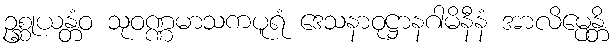
ဥစ္ဆုယန္တံဝ သုဝဏ္ဏမာသကပူရံ ဒေသနာဝုဋ္ဌာနဂါမိနီနံ အာလိမ္ပေန္တိ